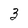
Character: 3